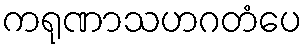
ကရုဏာသဟဂတံပေ